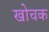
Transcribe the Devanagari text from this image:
खोचक